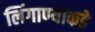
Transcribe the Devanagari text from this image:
लिंगाण्याकडे